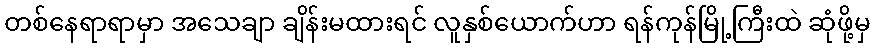
တစ်နေရာရာမှာ အသေချာ ချိန်းမထားရင် လူနှစ်ယောက်ဟာ ရန်ကုန်မြို့ကြီးထဲ ဆုံဖို့မှ